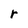
Character: r